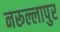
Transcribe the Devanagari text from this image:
नरूल्लापुर